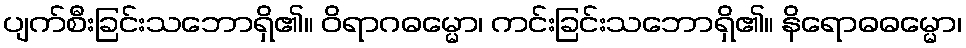
ပျက်စီးခြင်းသဘောရှိ၏။ ဝိရာဂဓမ္မော၊ ကင်းခြင်းသဘောရှိ၏။ နိရောဓဓမ္မော၊